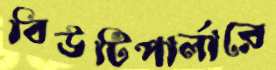
বিউটিপার্লারে